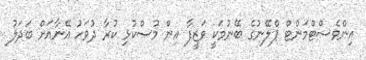
އިންވެސްޓްމަންޓް ޕްލޭނުގެ ބޭނުމަކީ ވަޒީފާ އިން މުސްކުޅި ކުރާ ދުވަހު އޭނާއަށް ބަދަލު